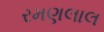
રમણલાલ